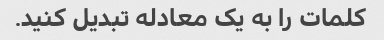
کلمات را به یک معادله تبدیل کنید.